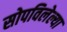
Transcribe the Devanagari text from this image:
सोपविलेल्या